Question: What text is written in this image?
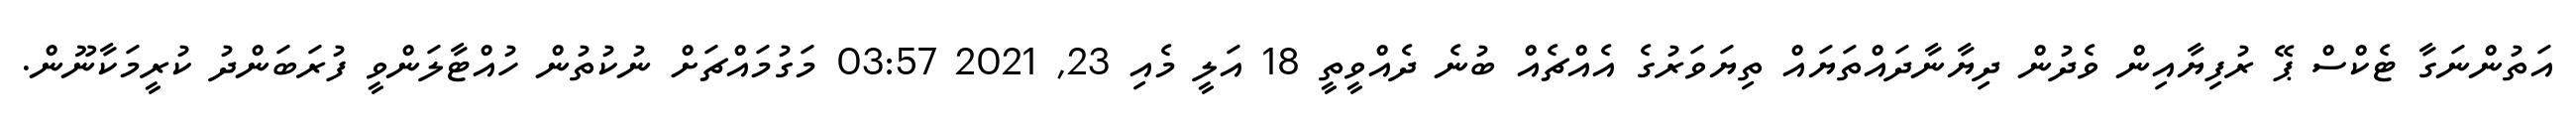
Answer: އަތުންނަގާ ޓެކްސް ޕޭ ރުފިޔާއިން ވެދުން ދިޔާނާދައްތަޔައް ތިޔަވަރުގެ އެއްޗެއް ބުނެ ދެއްވީތީ 18 އަލީ މެއި 23, 2021 03:57 މަގުމައްޗަށް ނުކުތުން ހުއްޓާލަންވީ ފުރަބަންދު ކުރީމަކާނޫން.